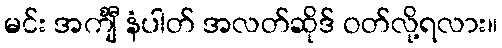
မင်း အင်္ကျီ နံပါတ် အလတ်ဆိုဒ် ဝတ်လို့ရလား။